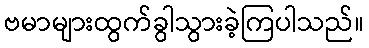
ဗမာများထွက်ခွါသွားခဲ့ကြပါသည်။